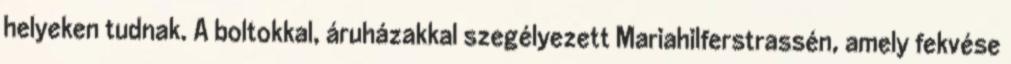
helyeken tudnak. A boltokkal, áruházakkal szegélyezett Mariahilferstrassén, amely fekvése